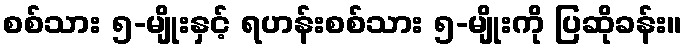
စစ်သား ၅-မျိုးနှင့် ရဟန်းစစ်သား ၅-မျိုးကို ပြဆိုခန်း။